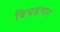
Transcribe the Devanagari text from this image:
बिघडणार